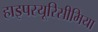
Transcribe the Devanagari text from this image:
हाइपरयूरिसीमिया